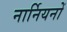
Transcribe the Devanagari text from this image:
नार्नियनों